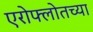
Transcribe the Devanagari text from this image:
एरोफ्लोतच्या